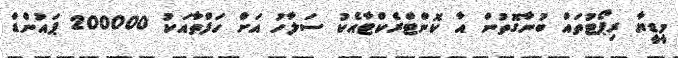
މީޑީޔާ ރިޕޯޓުތައް ބުނާގޮތުން އާ ކޮންޓްރެކްޓާއެކު ސަލާހު އަށް ހަފްތާއަކު 200000 ޕައުންޑް